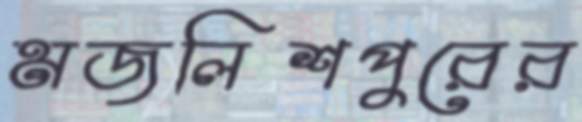
মজলিশপুরের